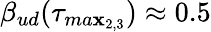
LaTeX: \beta_{ud}(\tau_{ma\mathbf{x}_{2,3}})\approx0.5